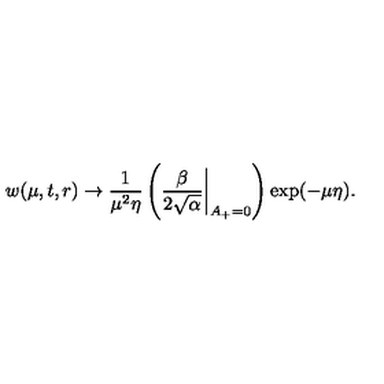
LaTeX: w ( \mu , t , r ) \to \frac { 1 } { \mu ^ { 2 } \eta } \left( \frac { \beta } { 2 \sqrt { \alpha } } \biggl | _ { A _ { + } = 0 } \right) \exp ( - \mu \eta ) .